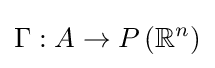
\Gamma :A\to P\left(\mathbb {R} ^{n}\right)